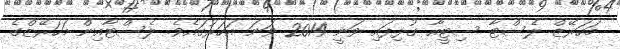
މަހަރޭޒް ލެސްޓާ ސިޓީއާ ގުޅިފައި ވަނީ 2014 ވަނަ އަހަރުގައެވެ. ލެސްޓާއިން މަހަރޭޒްގެ